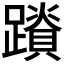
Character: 𮜛